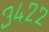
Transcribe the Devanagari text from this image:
३४२२